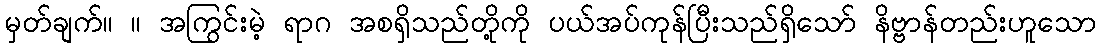
မှတ်ချက်။ ။ အကြွင်းမဲ့ ရာဂ အစရှိသည်တို့ကို ပယ်အပ်ကုန်ပြီးသည်ရှိသော် နိဗ္ဗာန်တည်းဟူသော